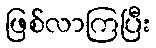
ဖြစ်လာကြပြီး